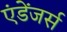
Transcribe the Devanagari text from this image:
एंडेंजर्स